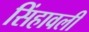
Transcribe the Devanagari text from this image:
सिंहावली